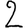
Digit: 2